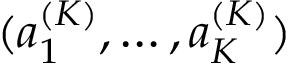
( a _ { 1 } ^ { ( K ) } , \ldots , a _ { K } ^ { ( K ) } )